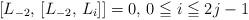
LaTeX: \begin{align*}[L_{-2}, \, [L_{-2}, \, L_i]] = 0, \, 0 \leqq i \leqq 2j - 1\end{align*}